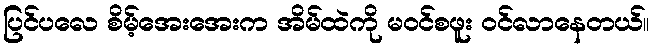
ပြင်ပလေ စိမ့်အေးအေးက အိမ်ထဲကို မဝင်စဖူး ဝင်လာနေတယ်။